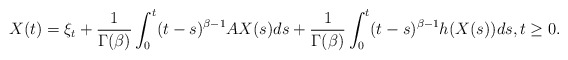
\begin{align*}X(t)=\xi_t+\frac{1}{\Gamma(\beta)} \int_0^t (t-s)^{\beta-1} A X(s) ds + \frac{1}{\Gamma(\beta)} \int_0^t (t-s)^{\beta-1} h(X(s)) ds,t\ge 0.\end{align*}